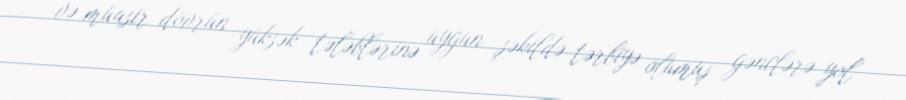
və müasir dövrün yüksək tələblərinə uyğun şəkildə tərbiyə olumuş gənclərə yol